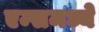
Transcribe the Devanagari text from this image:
एम्समध्ये